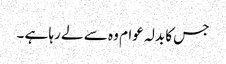
جس کا بدلہ عوام وہ سے لے رہا ہے ۔